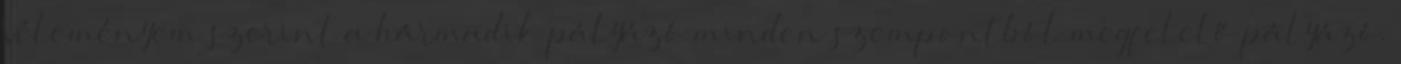
Véleményem szerint a hármadik pályázó minden szempontból megfelelő pályázó.